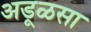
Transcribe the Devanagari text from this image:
अडूळसा